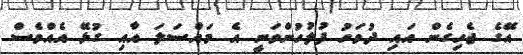
އޭގެ ޖެހިގެން އައި ދުވަހު ފުލުހުންވަނީ އެ މައްސަލަ އާއި ގުޅޭ އެއްވެސް